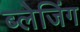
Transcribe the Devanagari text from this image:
ब्लेजिंग